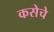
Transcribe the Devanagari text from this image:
कसेचे